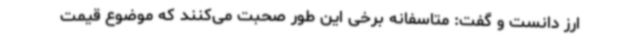
ارز دانست و گفت: متاسفانه برخی این طور صحبت می‌کنند که موضوع قیمت